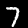
Label: 7